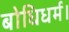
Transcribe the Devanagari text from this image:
बोधिधर्म।